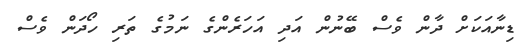
ޑިނާއަކަށް ދާން ވެސް ބޭނުން އަދި އަހަރެންގެ ނަމުގެ ތަރި ހޯދަން ވެސް